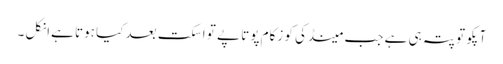
آپکو تو پتہ ہی ہے جب مینڈکی کو زکام پوتا پے تو اسکت بعد کیا ہوتا ہےانکل ۔